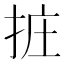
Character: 𢬂